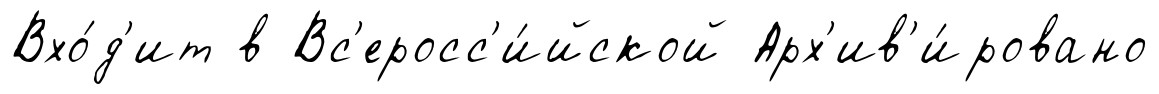
Вхо́д'ит в Вс'еросс'и́йской Арх'ив'и́ровано